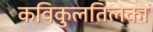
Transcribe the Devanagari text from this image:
कविकुलतिलको